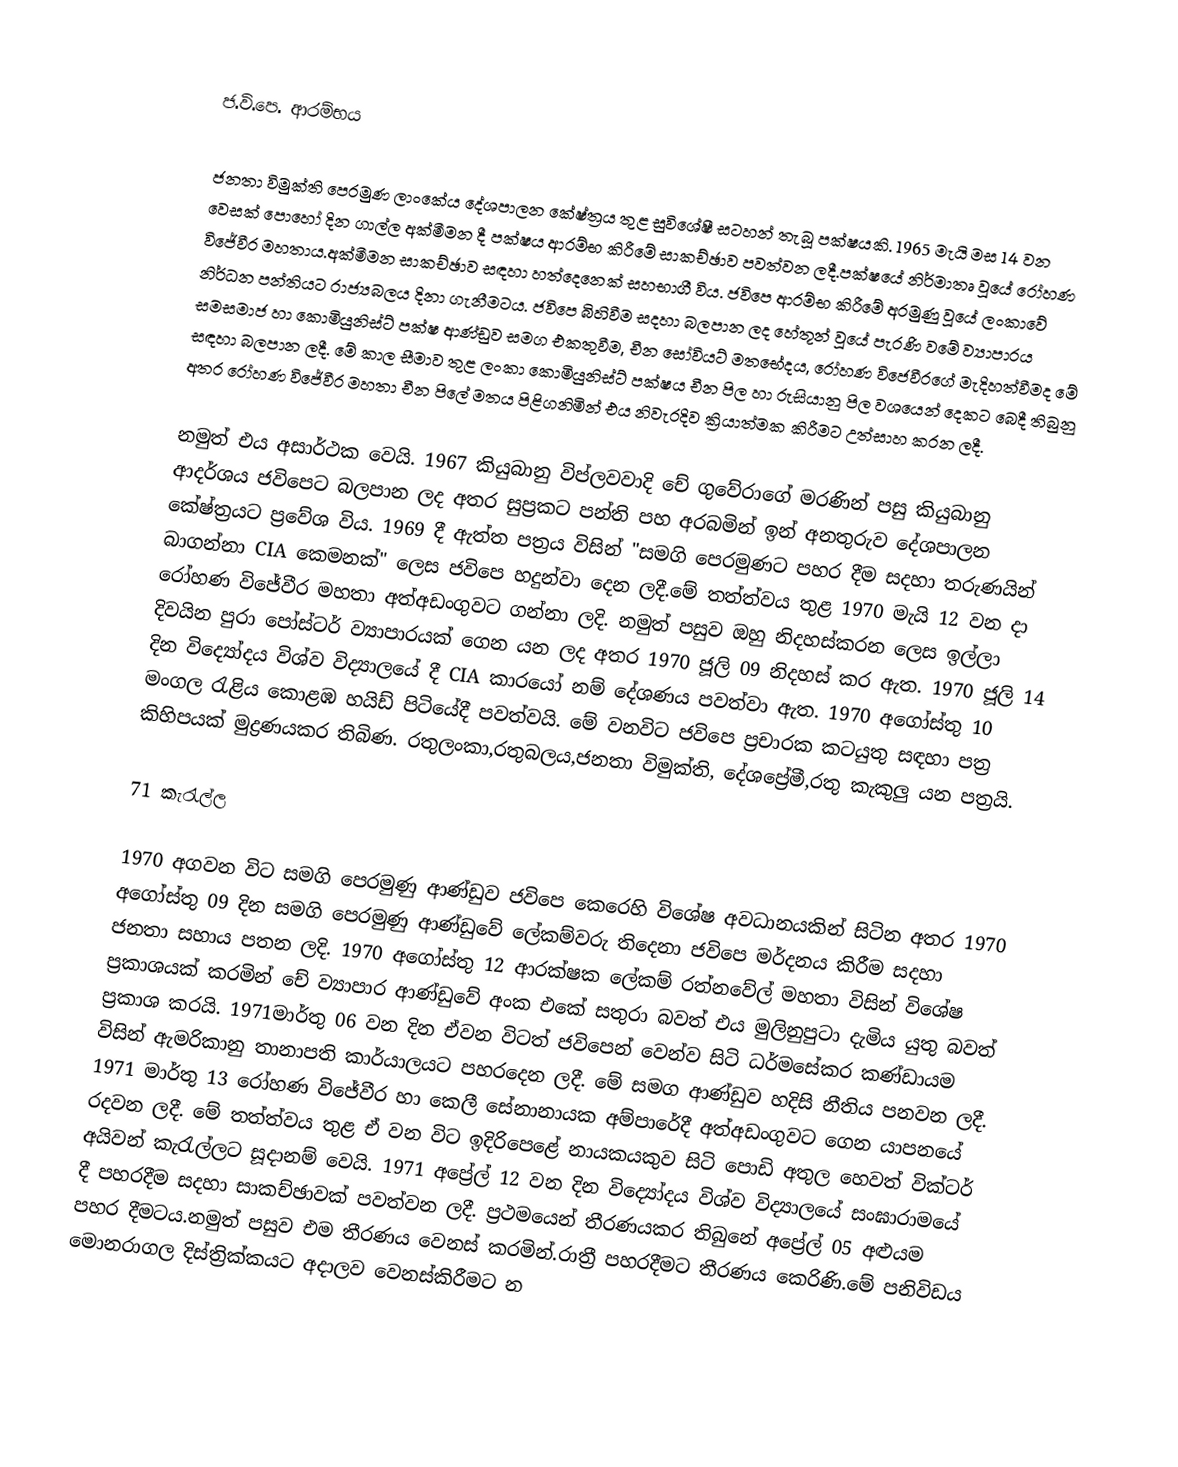

ජ.වි.පෙ. ආරම්භය

ජනතා විමුක්ති පෙරමුණ ලාංකේය‍ දේශපාලන කේෂ්ත්‍රය තුළ සුවිශේෂී සටහන් තැබූ පක්ෂයකි. 1965 මැයි මස 14 වන වෙසක් පොහෝ දින ගාල්ල අක්මීමන දී පක්ෂය ආරම්භ කිරීමේ සාකච්ඡාව පවත්වන ලදී.පක්ෂයේ නිර්මාතෘ වූයේ රෝහණ විජේවීර මහතාය.අක්මීමන සාකච්ඡාව සඳහා හත්දෙනෙක් සහභාගී විය. ජවිපෙ ආරම්භ කිරීමේ අරමුණු වූයේ ලංකාවේ නිර්ධන පන්තියට රාජ්‍යබලය දිනා ගැනීමටය. ජවිපෙ බිහිවීම සදහා බලපාන ලද හේතූන් වූයේ පැරණි වමේ ව්‍යාපාරය සමසමාජ හා කොමියුනිස්ට් පක්ෂ ආණ්ඩුව සමග එකතුවීම, චීන සෝවියට් මතභේදය, රෝහණ විජෙවීරගේ මැදිහත්වීමද මේ සඳහා බලපාන ලදී. මේ කාල සීමාව තුළ ලංකා කොමියුනිස්ට් පක්ෂය චීන පිල හා රුසියානු පිල වශයෙන් දෙකට බෙදී තිබුනු අතර  රෝහණ විජේවීර මහතා චීන පිලේ මතය පිළිගනිමින් එය නිවැරදිව ක්‍රියාත්මක කිරීමට උත්සාහ කරන ලදී.

නමුත් එය අසාර්ථක වෙයි. 1967 කියුබානු විප්ලවවාදි චේ ගුවේරාගේ මරණින් පසු කියුබානු ආදර්ශය ජවිපෙට බලපාන ලද අතර සුප්‍රකට පන්ති පහ අරබමින් ඉන් අනතුරුව දේශපාලන කේෂ්ත්‍රයට ප්‍රවේශ විය. 1969 දී ඇත්ත පත්‍රය විසින් "සමගි පෙරමුණට පහර දීම සදහා තරුණයින් බාගන්නා CIA කෙමනක්" ලෙස ජවිපෙ හදුන්වා දෙන ලදී.මේ තත්ත්වය තුළ 1970 මැයි 12 වන දා රෝහණ විජේවීර මහතා අත්අඩංගුවට ගන්නා ලදි. නමුත් පසුව ඔහු නිදහස්කරන ලෙස ඉල්ලා දිවයින පුරා පෝස්ටර් ව්‍යාපාරයක් ගෙන යන ලද අතර 1970 ජූලි 09 නිදහස් කර ඇත. 1970 ජූලි 14 දින විද්‍යෝදය  විශ්ව විද්‍යාලයේ දී CIA කාරයෝ නම් දේශණය පවත්වා ඇත. 1970 අගෝස්තු 10 මංගල රැළිය කොළඹ  හයිඩ් පිටියේදී පවත්වයි. මේ වනවිට ජවිපෙ ප්‍රචාරක කටයුතු සඳහා පත්‍ර කිහිපයක් මුද්‍රණයකර තිබිණ. රතුලංකා,රතුබලය,ජනතා විමුක්ති, දේශප්‍රේමී,රතු කැකුලු යන පත්‍රයි.

71 කැරැල්ල

1970 අගවන විට සමගි පෙරමුණු ආණ්ඩුව ජවිපෙ කෙරෙහි විශේෂ අවධානයකින් සිටින අතර 1970 අගෝස්තු 09 දින සමගි පෙරමුණු ආණ්ඩුවේ ලේකම්වරු තිදෙනා ජවිපෙ මර්දනය කිරීම සදහා ජනතා සහාය පතන ලදි. 1970 අගෝස්තු 12 ආරක්ෂක ලේකම් රත්නවේල් මහතා විසින් විශේෂ ප්‍රකාශයක් කරමින් චේ ව්‍යාපාර ආණ්ඩුවේ අංක එකේ සතුරා බවත් එය මුලිනුපුටා දැමිය යුතු බවත් ප්‍රකාශ කරයි. 1971මාර්තු 06 වන දින ඒවන විටත් ජවිපෙන් වෙන්ව සිටි ධර්මසේකර කණ්ඩායම විසින් ඇමරිකානු තානාපති කාර්යාලයට පහරදෙන ලදී. මේ සමග ආණ්ඩුව හදිසි නීතිය පනවන ලදී.  1971 මාර්තු 13 රෝහණ විජේවීර හා කෙලී සේනානායක අම්පාරේදී අත්අඩංගුවට ගෙන යාපනයේ රදවන ලදී. මේ තත්ත්වය තුළ ඒ වන විට ඉදිරිපෙළේ නායකයකුව සිටි පොඩි අතුල හෙවත් වික්ටර් අයිවන් කැරැල්ලට සූදානම් වෙයි.  1971 අප්‍රේල් 12 වන දින විද්‍යෝදය විශ්ව විද්‍යාලයේ සංඝාරාමයේ දී පහරදීම සදහා සාකච්ඡාවක් පවත්වන ලදී. ප්‍රථමයෙන් තීරණයකර තිබුනේ අප්‍රේල් 05 අළුයම පහර දීමටය.නමුත් පසුව එම තීරණය වෙනස් කරමින්.රාත්‍රී පහරදීමට තීරණය කෙරිණි.මේ පනිවිඩය මොනරාගල දිස්ත්‍රික්කයට අදාලව වෙනස්කිරීමට න